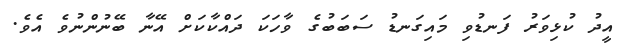
އީދު ކުޅިވަރު ފަނޑުވި މައިގަނޑު ސަބަބުގެ ވާހަކަ ދައްކާކަށް އޭނާ ބޭނުންނުވެ އެވެ.